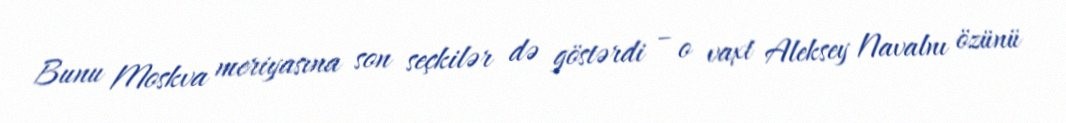
Bunu Moskva meriyasına son seçkilər də göstərdi – o vaxt Aleksey Navalnı özünü